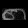
Digit: ၈